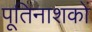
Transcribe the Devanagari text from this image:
पूतिनाशकों